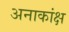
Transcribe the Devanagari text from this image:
अनाकांक्ष